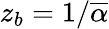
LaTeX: z_{b}=1/\overline{{\alpha}}